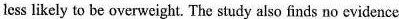
less likely to be overweight. The study also finds no evidence